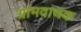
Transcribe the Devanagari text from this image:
ग्रामवाचक